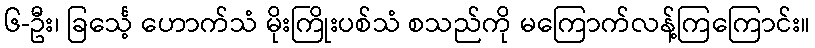
၆-ဦး၊ ခြင်္သေ့ ဟောက်သံ မိုးကြိုးပစ်သံ စသည်ကို မကြောက်လန့်ကြကြောင်း။